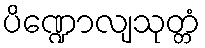
ပိဏ္ဍောလျသုတ္တံ